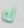
له